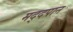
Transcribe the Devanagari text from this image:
मद्दपान